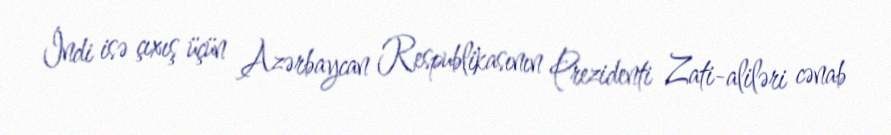
İndi isə çıxış üçün Azərbaycan Respublikasının Prezidenti Zati-aliləri cənab